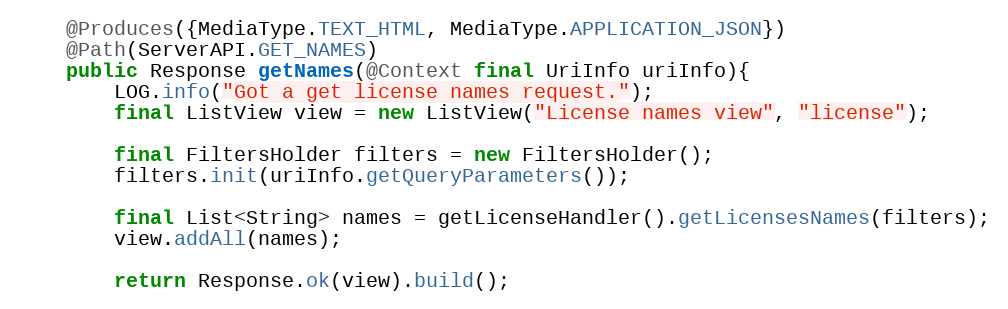
Language: Java
	@Produces({MediaType.TEXT_HTML, MediaType.APPLICATION_JSON})
	@Path(ServerAPI.GET_NAMES)
	public Response getNames(@Context final UriInfo uriInfo){
		LOG.info("Got a get license names request.");
        final ListView view = new ListView("License names view", "license");

		final FiltersHolder filters = new FiltersHolder();
		filters.init(uriInfo.getQueryParameters());

        final List<String> names = getLicenseHandler().getLicensesNames(filters);
        view.addAll(names);

		return Response.ok(view).build();